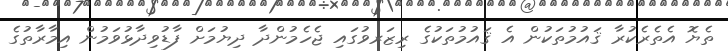
ތެޔޮ އެތެރެކުރާ ޤައުމުތަކުން އެ ޤައުމުތަކުގެ ރިޒަރވުގައި ޖެހެމުންދާ ދިޔުމަށް ފާޑުވިދާޅުވަމުން އިމާރާތުގެ